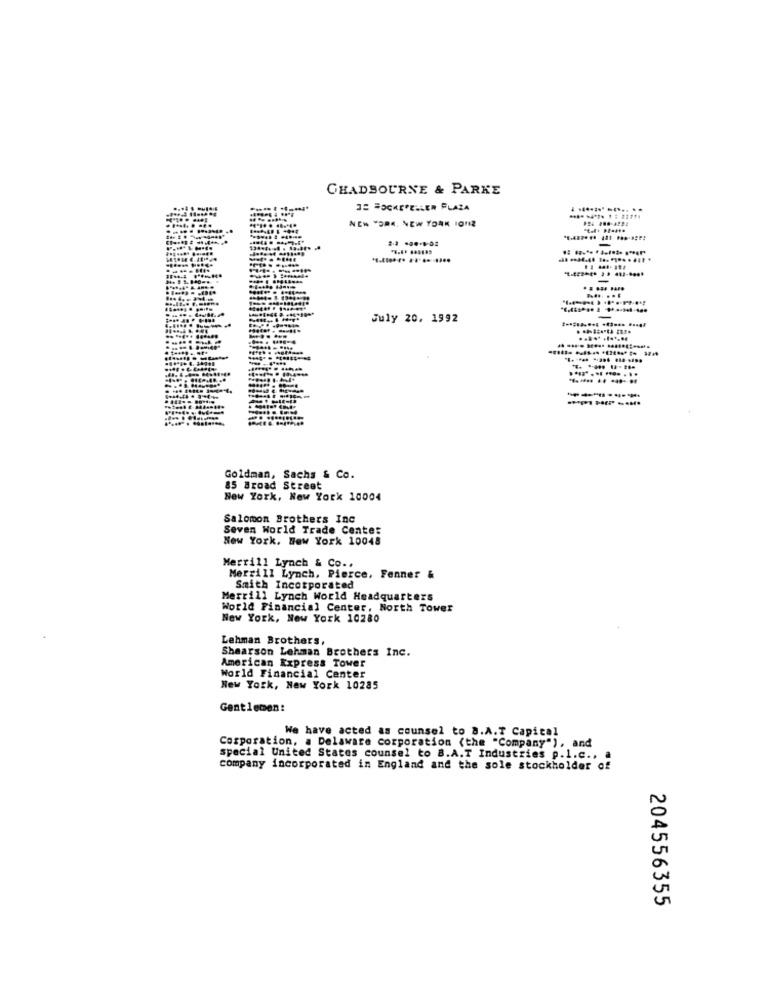
CHADBOURNE & PARKE
32 "KEPELLER FLAZA
NEW YORK, NEW YORK IONIZ
-
-
July 20, 1992
-
..... .......
..... ... .... ...
Goldman, Sachs & Co.
85 Broad Street
New York, New York 10004
Salomon Brothers Inc
Seven World Trade Center
New York, New York 10048
Merrill Lynch & Co ..
Merrill Lynch, Pierce, Fenner &
Smith Incorporated
Merrill Lynch World Headquarters
World Financial Center, North Tower
New York, New York 10280
Lehman Brothers,
Shaarson Lehman Brothers Inc.
American Express Tower
World Financial Center
New York, New York 10285
Gentlemen:
We have acted as counsel to B.A.T Capital
Corporation, a Delaware corporation (the "Company"), and
special United States counsel to B.A.T Industries p.l.c ., a
company incorporated in England and the sole stockholder of
204556355